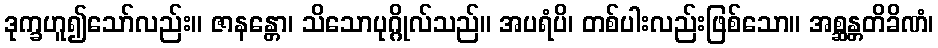
ဒုက္ခဟူ၍သော်လည်း။ ဇာနန္တော၊ သိသောပုဂ္ဂိုလ်သည်။ အပရံပိ၊ တစ်ပါးလည်းဖြစ်သော။ အစ္ဆန္တတိခိဏံ၊